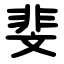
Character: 斐